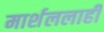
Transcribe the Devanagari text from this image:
मार्शललाही